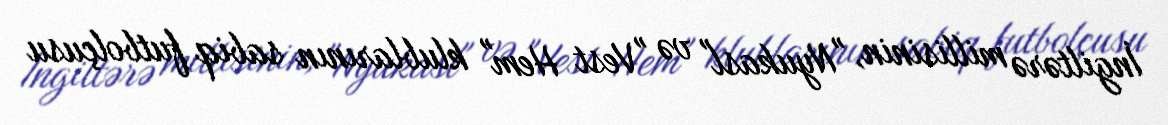
İngiltərə millisinin, "Nyukasl" və "Vest Hem" klublarının sabiq futbolçusu